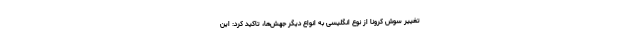
تغییر سوش کرونا از نوع انگلیسی به انواع دیگر جهش‌ها، تاکید کرد: این